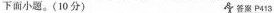
下面小题。(10分) 答案 P413